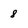
Character: 8